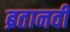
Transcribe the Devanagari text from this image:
ब्रतानवी